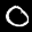
Label: 0